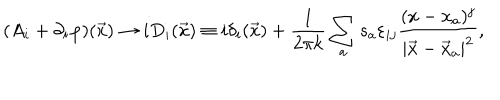
LaTeX: ( A _ { i } + \partial _ { i } \varphi ) ( \vec { x } ) \rightarrow i D _ { i } ( \vec { x } ) \equiv i \delta _ { i } ( \vec { x } ) + \frac { 1 } { 2 \pi k } \sum _ { a } s _ { a } \varepsilon _ { i j } \frac { ( x - x _ { a } ) ^ { j } } { | \vec { x } - \vec { x } _ { a } | ^ { 2 } } ,